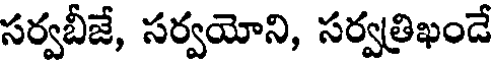
సర్వబీజే, సర్వయోని, సర్వత్రిఖండే